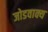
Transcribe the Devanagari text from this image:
जोडवाक्य